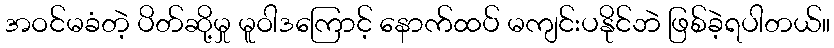
အဝင်မခံတဲ့ ပိတ်ဆို့မှု မူဝါဒကြောင့် နောက်ထပ် မကျင်းပနိုင်ဘဲ ဖြစ်ခဲ့ရပါတယ်။